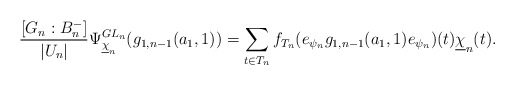
\begin{align*} \frac{[G_n:B_{n}^{-}]}{|U_n|} \Psi_{\underline{\chi}_{n}}^{GL_{n}}(g_{1,n-1}(a_1,1))=\sum_{t\in T_n}f_{T_n}(e_{\psi_n}g_{1,n-1}(a_1,1)e_{\psi_n})(t)\underline{\chi}_n(t).\end{align*}